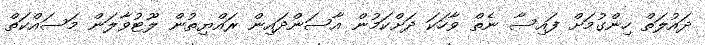
ދައުލަތް ހިންގުމަށް ފައިސާ ނެތް ވާހަކަ ދަށްކަމުން އާސަންދައިން ރައްޔިތުން ލޫޓުވާލަން މަސައްކަތް